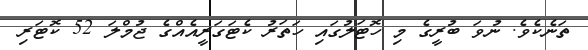
ތަނެކެވެ. ނުވަ ބުރީގެ މި ހޮޓަލުގައި ހަތަރު ކެޓަގަރީއެއްގެ ޖުމްލަ 52 ކޮޓަރި